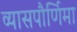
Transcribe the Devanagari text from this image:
व्यासपौर्णिमा